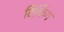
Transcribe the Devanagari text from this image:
टिकिंग